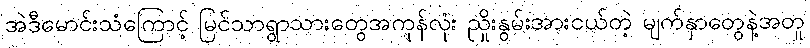
အဲဒီမောင်းသံကြောင့် မြင်သာရွာသားတွေအကုန်လုံး ညှိုးနွမ်းအားငယ်တဲ့ မျက်နှာတွေနဲ့အတူ